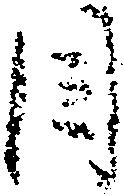
目